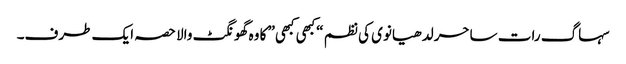
سہاگ رات ساحر لدھیانوی کی نظم “کبھی کبھی” کا وہ گھونگٹ والا حصہ ایک طرف۔